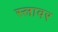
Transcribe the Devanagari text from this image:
स्लावर